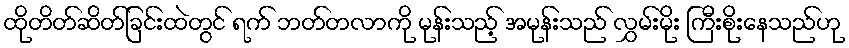
ထိုတိတ်ဆိတ်ခြင်းထဲတွင် ရက် ဘတ်တလာကို မုန်းသည့် အမုန်းသည် လွှမ်းမိုး ကြီးစိုးနေသည်ဟု